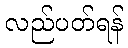
လည်ပတ်ရန်